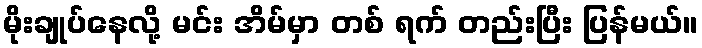
မိုးချုပ်နေလို့ မင်း အိမ်မှာ တစ် ရက် တည်းပြီး ပြန်မယ်။